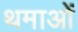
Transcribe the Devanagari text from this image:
थमाओं